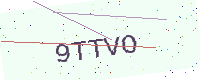
Text: 9TTVO